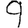
Digit: 9